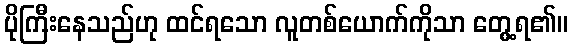
ပိုကြီးနေသည်ဟု ထင်ရသော လူတစ်ယောက်ကိုသာ တွေ့ရ၏။